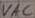
Text: VAC